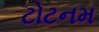
ટોટનમ